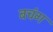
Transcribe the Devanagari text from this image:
बचंग